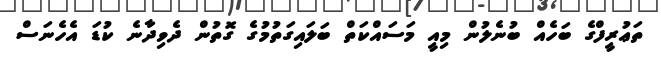
ތަޢުރީފްގެ ބަހެއް ބުނެލުން މިއީ މަސައްކަތް ބަލައިގަތުމުގެ ގޮތުން ދެވިދާނެ ކުޑަ އެހެނަސް